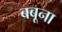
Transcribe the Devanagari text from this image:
बबूना